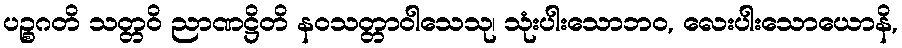
ပဉ္စဂတိ သတ္တဝိ ညာဏဋ္ဌိတိ နဝသတ္တာဝါသေသု၊ သုံးပါးသောဘဝ, လေးပါးသောယောနိ,